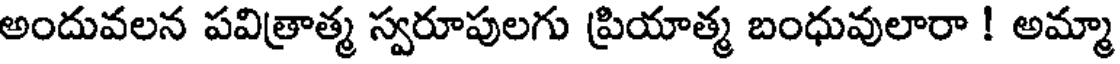
అందువలన పవిత్రాత్మ స్వరూపులగు ప్రియాత్మ బంధువులారా ! అమ్మా